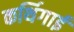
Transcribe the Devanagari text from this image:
कर्थिगाई